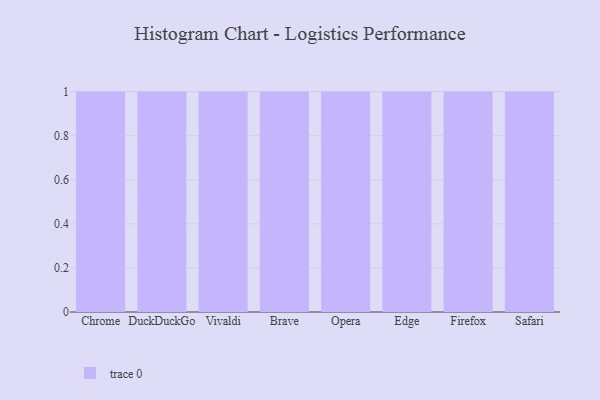
{"axis": {"x": "Browser", "y": "Demand Index"}, "legend": [""], "data": [{"x": "Chrome", "y": 70, "type": ""}, {"x": "DuckDuckGo", "y": 84, "type": ""}, {"x": "Vivaldi", "y": 23, "type": ""}, {"x": "Brave", "y": 61, "type": ""}, {"x": "Opera", "y": 19, "type": ""}, {"x": "Edge", "y": 69, "type": ""}, {"x": "Firefox", "y": 75, "type": ""}, {"x": "Safari", "y": 61, "type": ""}]}